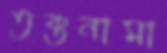
তক্তনামা